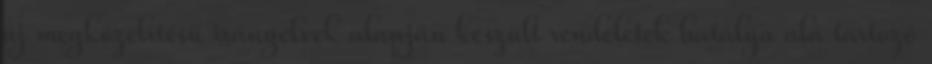
új megközelítésű irányelvek alapján készült rendeletek hatálya alá tartozó